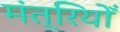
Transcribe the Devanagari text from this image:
मंत्रियोँ